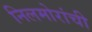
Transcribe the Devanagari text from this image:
निलमोरांची